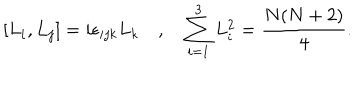
[ L _ { i } , L _ { j } ] = i \epsilon _ { i j k } L _ { k } \quad , \quad \sum _ { i = 1 } ^ { 3 } L _ { i } ^ { 2 } = \frac { N ( N + 2 ) } { 4 } .